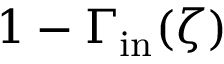
1 - \Gamma _ { \mathrm { i n } } ( \zeta )